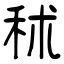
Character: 秫